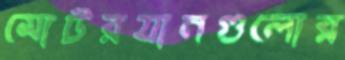
মোটরযানগুলোর